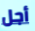
أجل